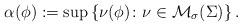
LaTeX: \begin{align*}\alpha(\phi):=\sup\left\{\nu(\phi)\colon\nu\in\mathcal{M}_{\sigma}(\Sigma)\right\}. \end{align*}